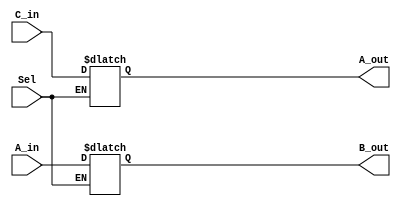
`timescale 1ns / 1ps

module Switch32 (
    input [31:0] A_in,
    output reg [31:0] A_out,
    output reg [31:0] B_out,
    input [31:0] C_in,
    input Sel
);

localparam Switch_delay = 0.5;

/* Do not modify above this line! */

always @(Sel, A_in, C_in) begin
    #Switch_delay

    if (Sel == 0) begin
        B_out = A_in;
    end else begin
        A_out = C_in;
    end
end

endmodule